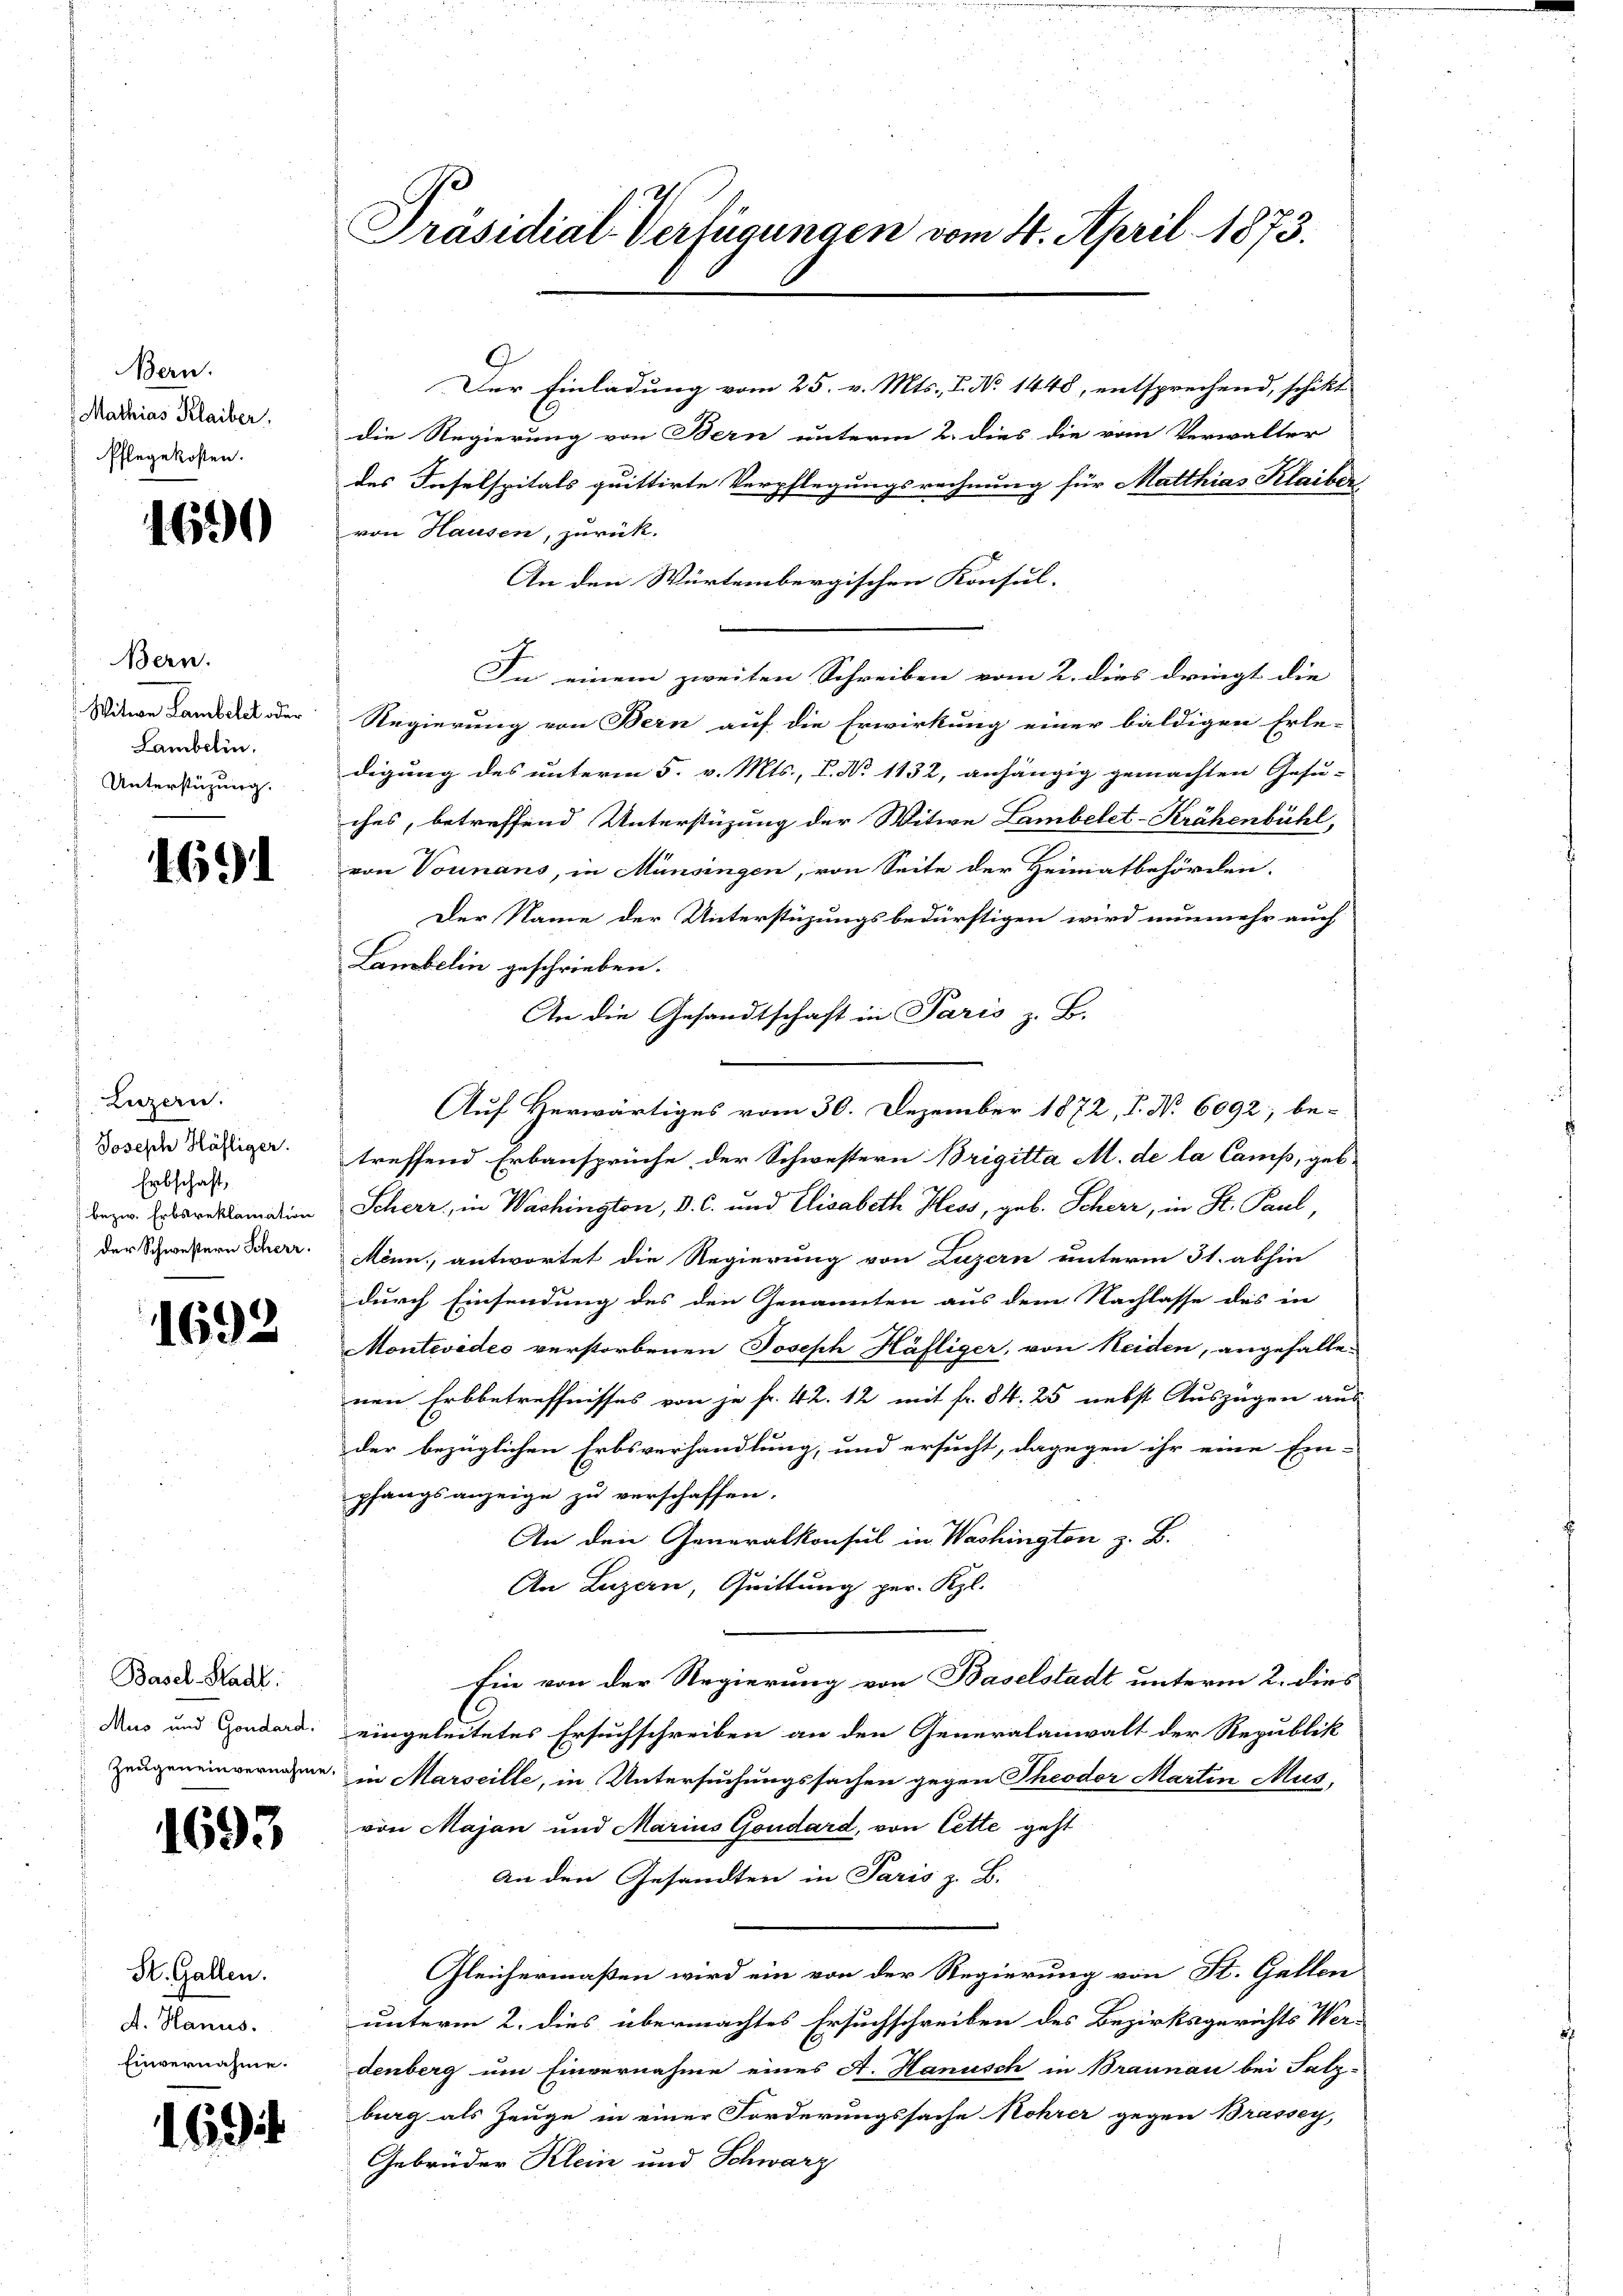
Bern.
Mathias Klaiber.
Pflegekosten.

4690

Bern.
 Witwe Lambelck oder
Lambelin.
Unterstüzung.

1691

Luzern.
Joseph Häfliger.
Erbschaft,
bezw. Erbsreklamation
der Schwestern Scherr

1692

Basel-Stadt.
Aus und Gondard.
Zeugeneinvernahme

1693

St. Gallen.
A. Hanus.
Einvernahme.

16 f

Präsidial-Verfügungen vom 4. April 1873.

Der Einladung vom 25. v. Mts., P. No 1448, entsprechend, schikt
die Regierung von Bern unterm 2. dies die vom Verwalter
des Inselspitals quittirte Verpflegungsrechnung für Matthias Klaiber
von Hausen, zurück.
An den Würtembergischen Konsul-
In einem zweiten Schreiben vom 2. dies dringt die
Regierung von Bern auf die Erwirkung einer baldigen Erle-
digung des unterm 5. v. Mts., L. No 1132, anhängig gemachten Gesu-
ches, betreffend Unterstüzung der Witwe Lambelet-Krähenbühl,
von Vounans, in Münsingen, von Seite der Heimatbehörden.
Der Name der Unterstüzungsbedürftigen wird nunmehr auch
Lanobelin geschrieben.
An die Gesandtschaft in Paris z. B.
Auf Herwärtiges vom 30. Dezember 1872, S. No 6092; be-
treffend Erbansprüche der Schwestern Brigitta M. de la Camp, geb.
Scheer, in Wachington, D. C. und Elisabeth Hess, geb. Scherz, in St. Paul,
Mönn, antwortet die Regierung von Luzern unterm 31. abhin
durch Einsendung des den Genannten aus dem Nachlasse des in
Montevedes verstorbenen Joseph Häfliger, von Neiden, angehalte-
nen Erbbetreffnisses von je fr. 42. 12 mit fr. 84. 25 nebst Auszügen aus-
der bezüglichen Erbsverhandlung, und ersucht, dagegen ihr eine Ein-
pfangsanzeige zu verschaffen
An den Generalkonsul in Washington z. B.
An Luzern, Quittung per. Kgl.
Ein von der Regierung von Baselstadt unterm 2. dies
eingeleitetes Ersuchschreiben an den Generalanwalt der Republik
in Marseille, in Untersuchungssachen gegen Theodor Martin Mus
von Majan und Marius Goudard, von Cette geht
An den Gesandten in Paris z. B.
Gleichermaßen wird ein von der Regierung von St. Gallen
unterm 2. dies übermachtes Ersuchschreiben des Bezirksgerichts Wer-
denberg um Einvernahme eines A. Hanusch in Braunau bei Salz-
burg als Zeuge in einer Forderungssache Rohrer gegen Brassey,
Gebrüder Klein und Schwarz